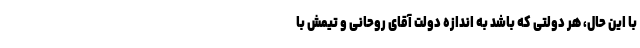
با این حال، هر دولتی که باشد به اندازه دولت آقای روحانی و تیمش با